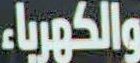
والكهرباء